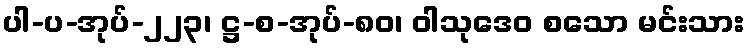
ပါ-ပ-အုပ်-၂၂၃၊ ဋ္ဌ-စ-အုပ်-၈၀၊ ဝါသုဒေဝ စသော မင်းသား